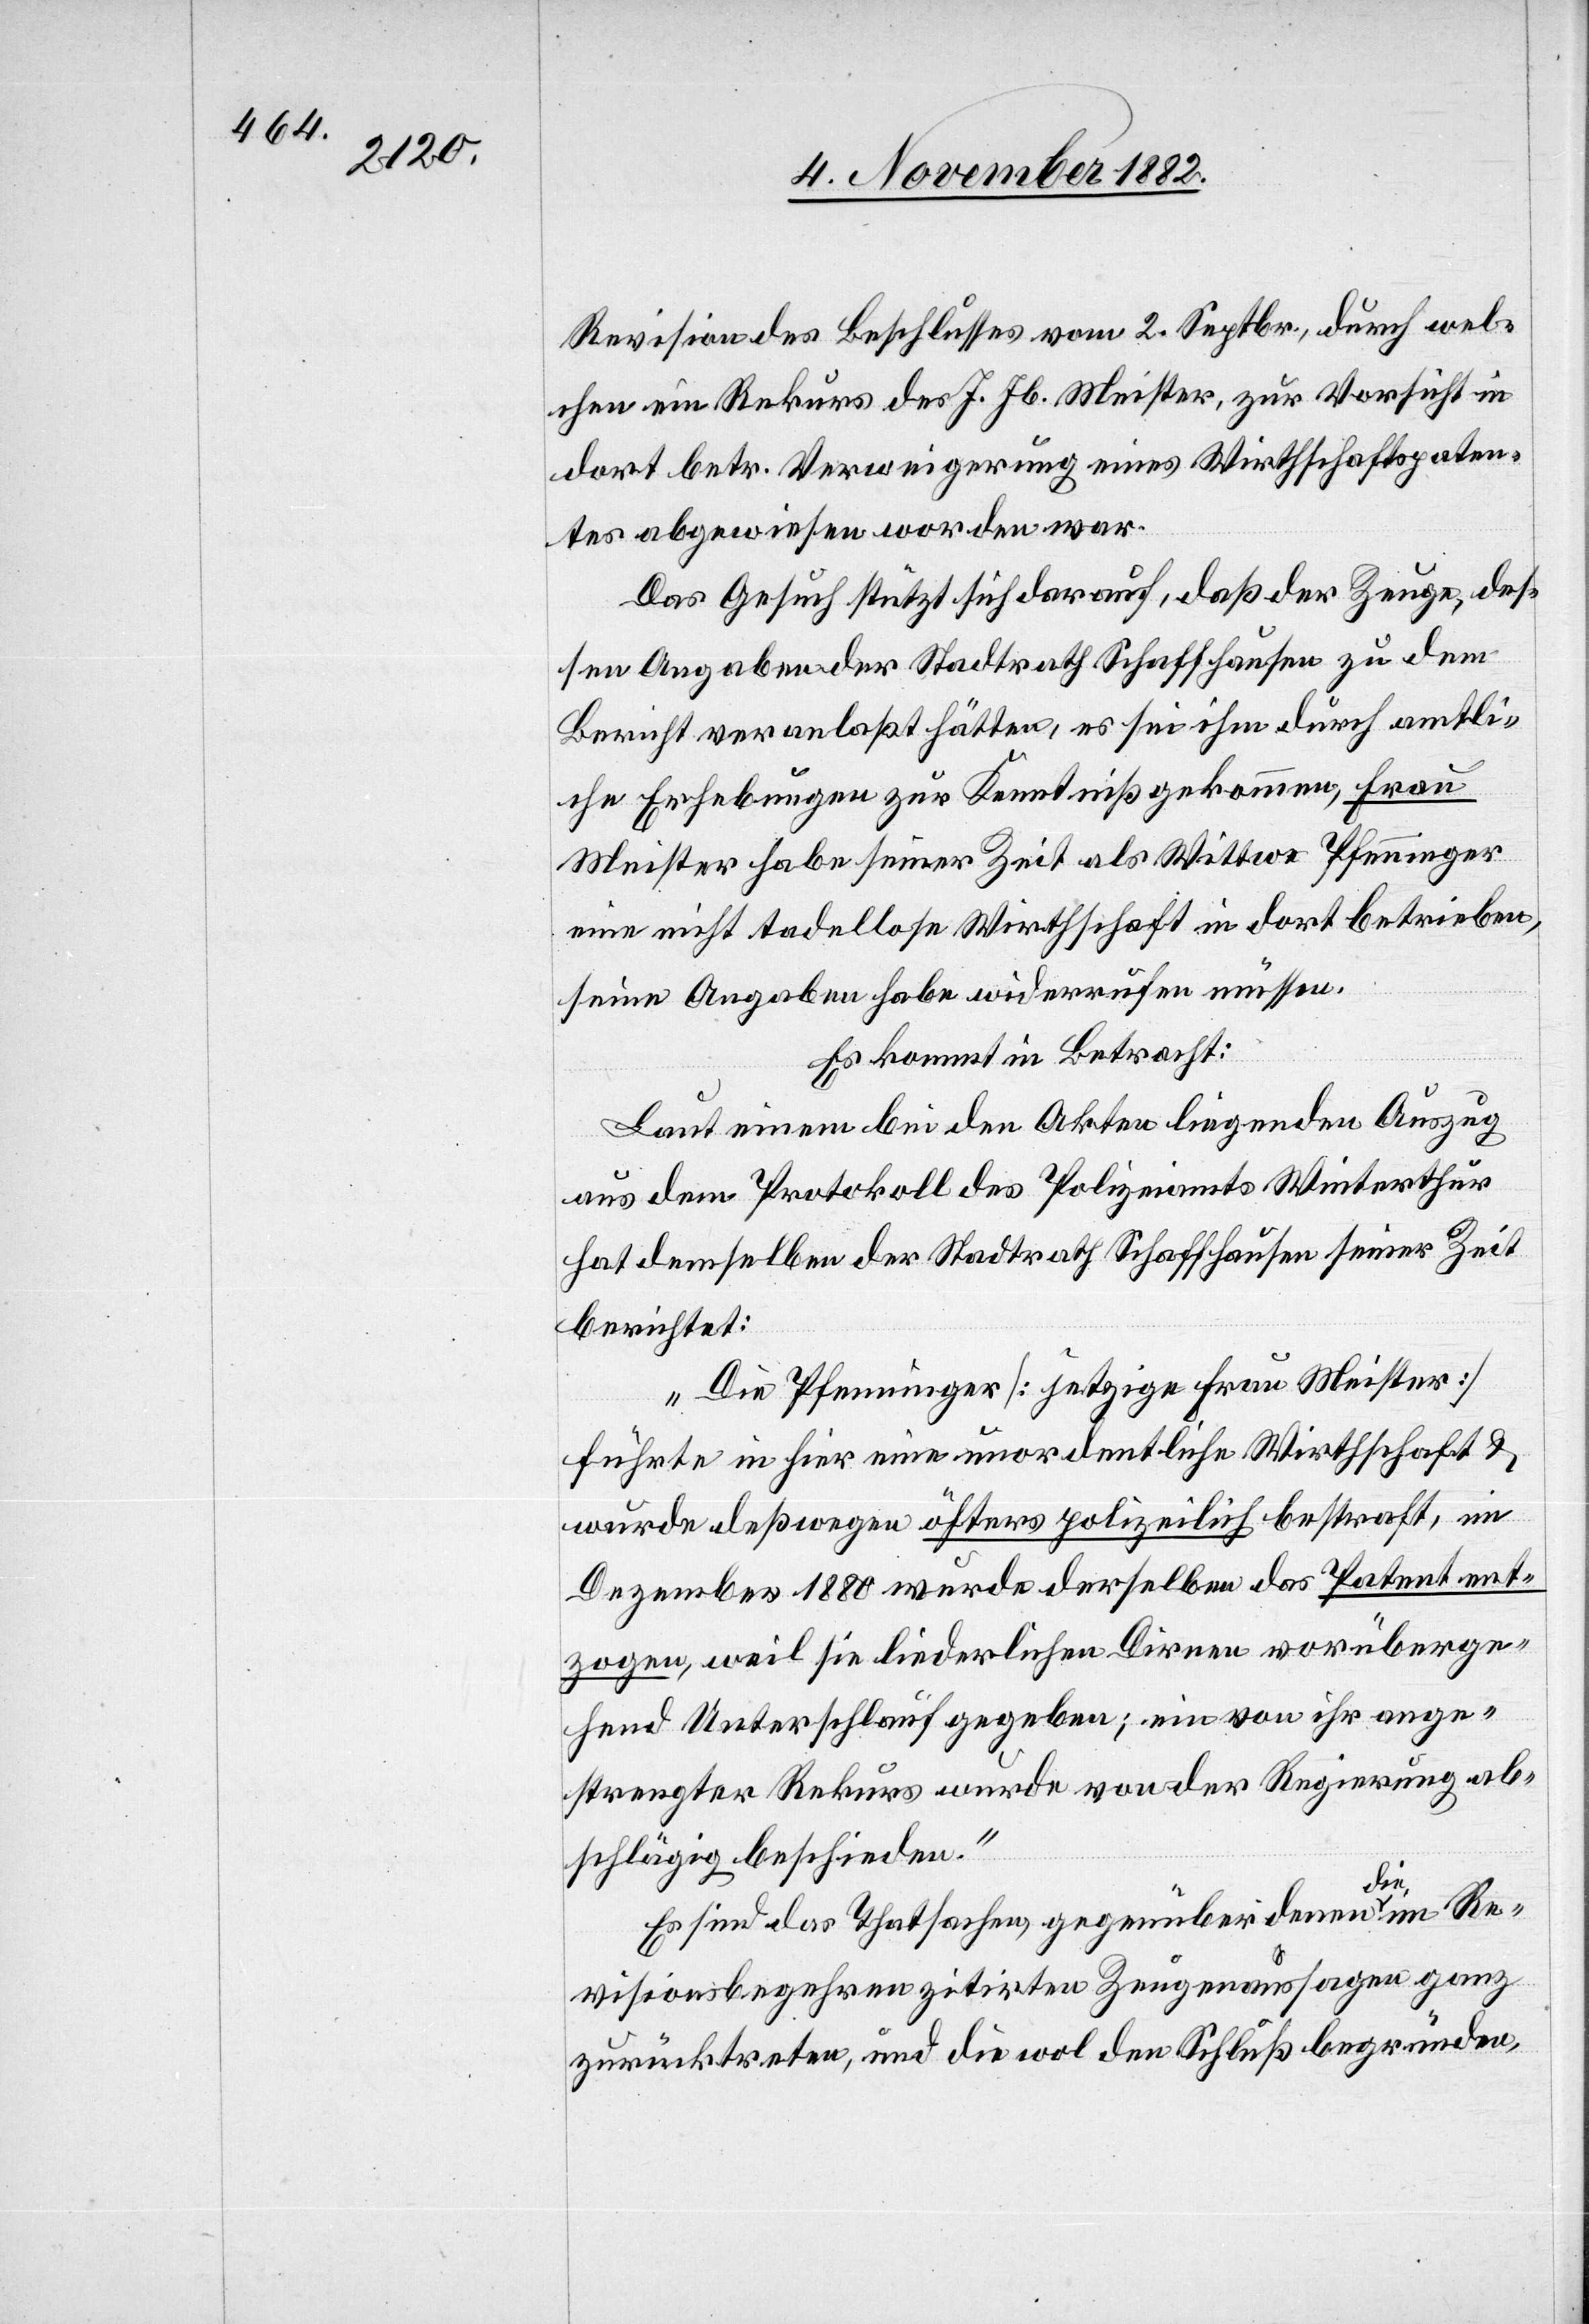
Revision des Beschlusses vom 2. Septbr., durch wel¬
chen ein Rekurs des J. Jb. Meister, zur Vorsicht in
dort betr. Verweigerung eines Wirthschaftspaten¬
tes abgewiesen worden war.
Das Gesuch stützt sich darauf, daß der Zeuge, des¬
Bericht veranlaßt hätten, es sei ihm durch amtli¬
che Erhebungen zur Kenntniß gekommen, Frau
Meister habe seiner Zeit als Wittwe Pfenninger
eine nicht tadellose Wirthschaft in dort betrieben,
seine Angaben habe widerrrufen müssen.
Es kommt in Betracht:
Laut einem bei den Akten liegenden Auszug
aus dem Protokoll des Polizeiamts Winterthur
hat demselben der Stadtrath Schaffhausen seiner Zeit
berichtet:
„Die Pfenninger [jetzige Frau Meister]
führte in hier eine unordentliche Wirthschaft &
wurde deßwegen öfters polizeilich bestraft, im
Dezember 1880 wurde derselben das Patent ent¬
zogen, weil sie liederliche Dirnen vorüberge¬
hend Unterschlupf gegeben; ein von ihr ange¬
strengter Rekurs wurde von der Regierung ab¬
schlägig beschieden.“
dem
Es sind das Thatsachen, gegenüber denen die im Re¬
visionsbegehren zitirten Zeugenaussagen ganz
zurücktreten, und die wol den Schluß begründen,